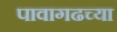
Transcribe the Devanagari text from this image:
पावागढच्या